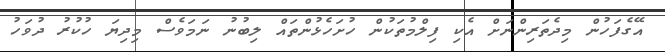
އޭގެފަހުން މިދެތަރިންނަށް އެކި ފިލްމުތަކުން ހުށަހެޅުންތައް ލިބުނު ނަމަވެސް މިދިޔަ ހުކުރު ދުވަހު